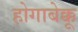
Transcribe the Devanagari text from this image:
होगाबेक्कू